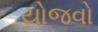
યોજવો